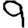
Digit: 9